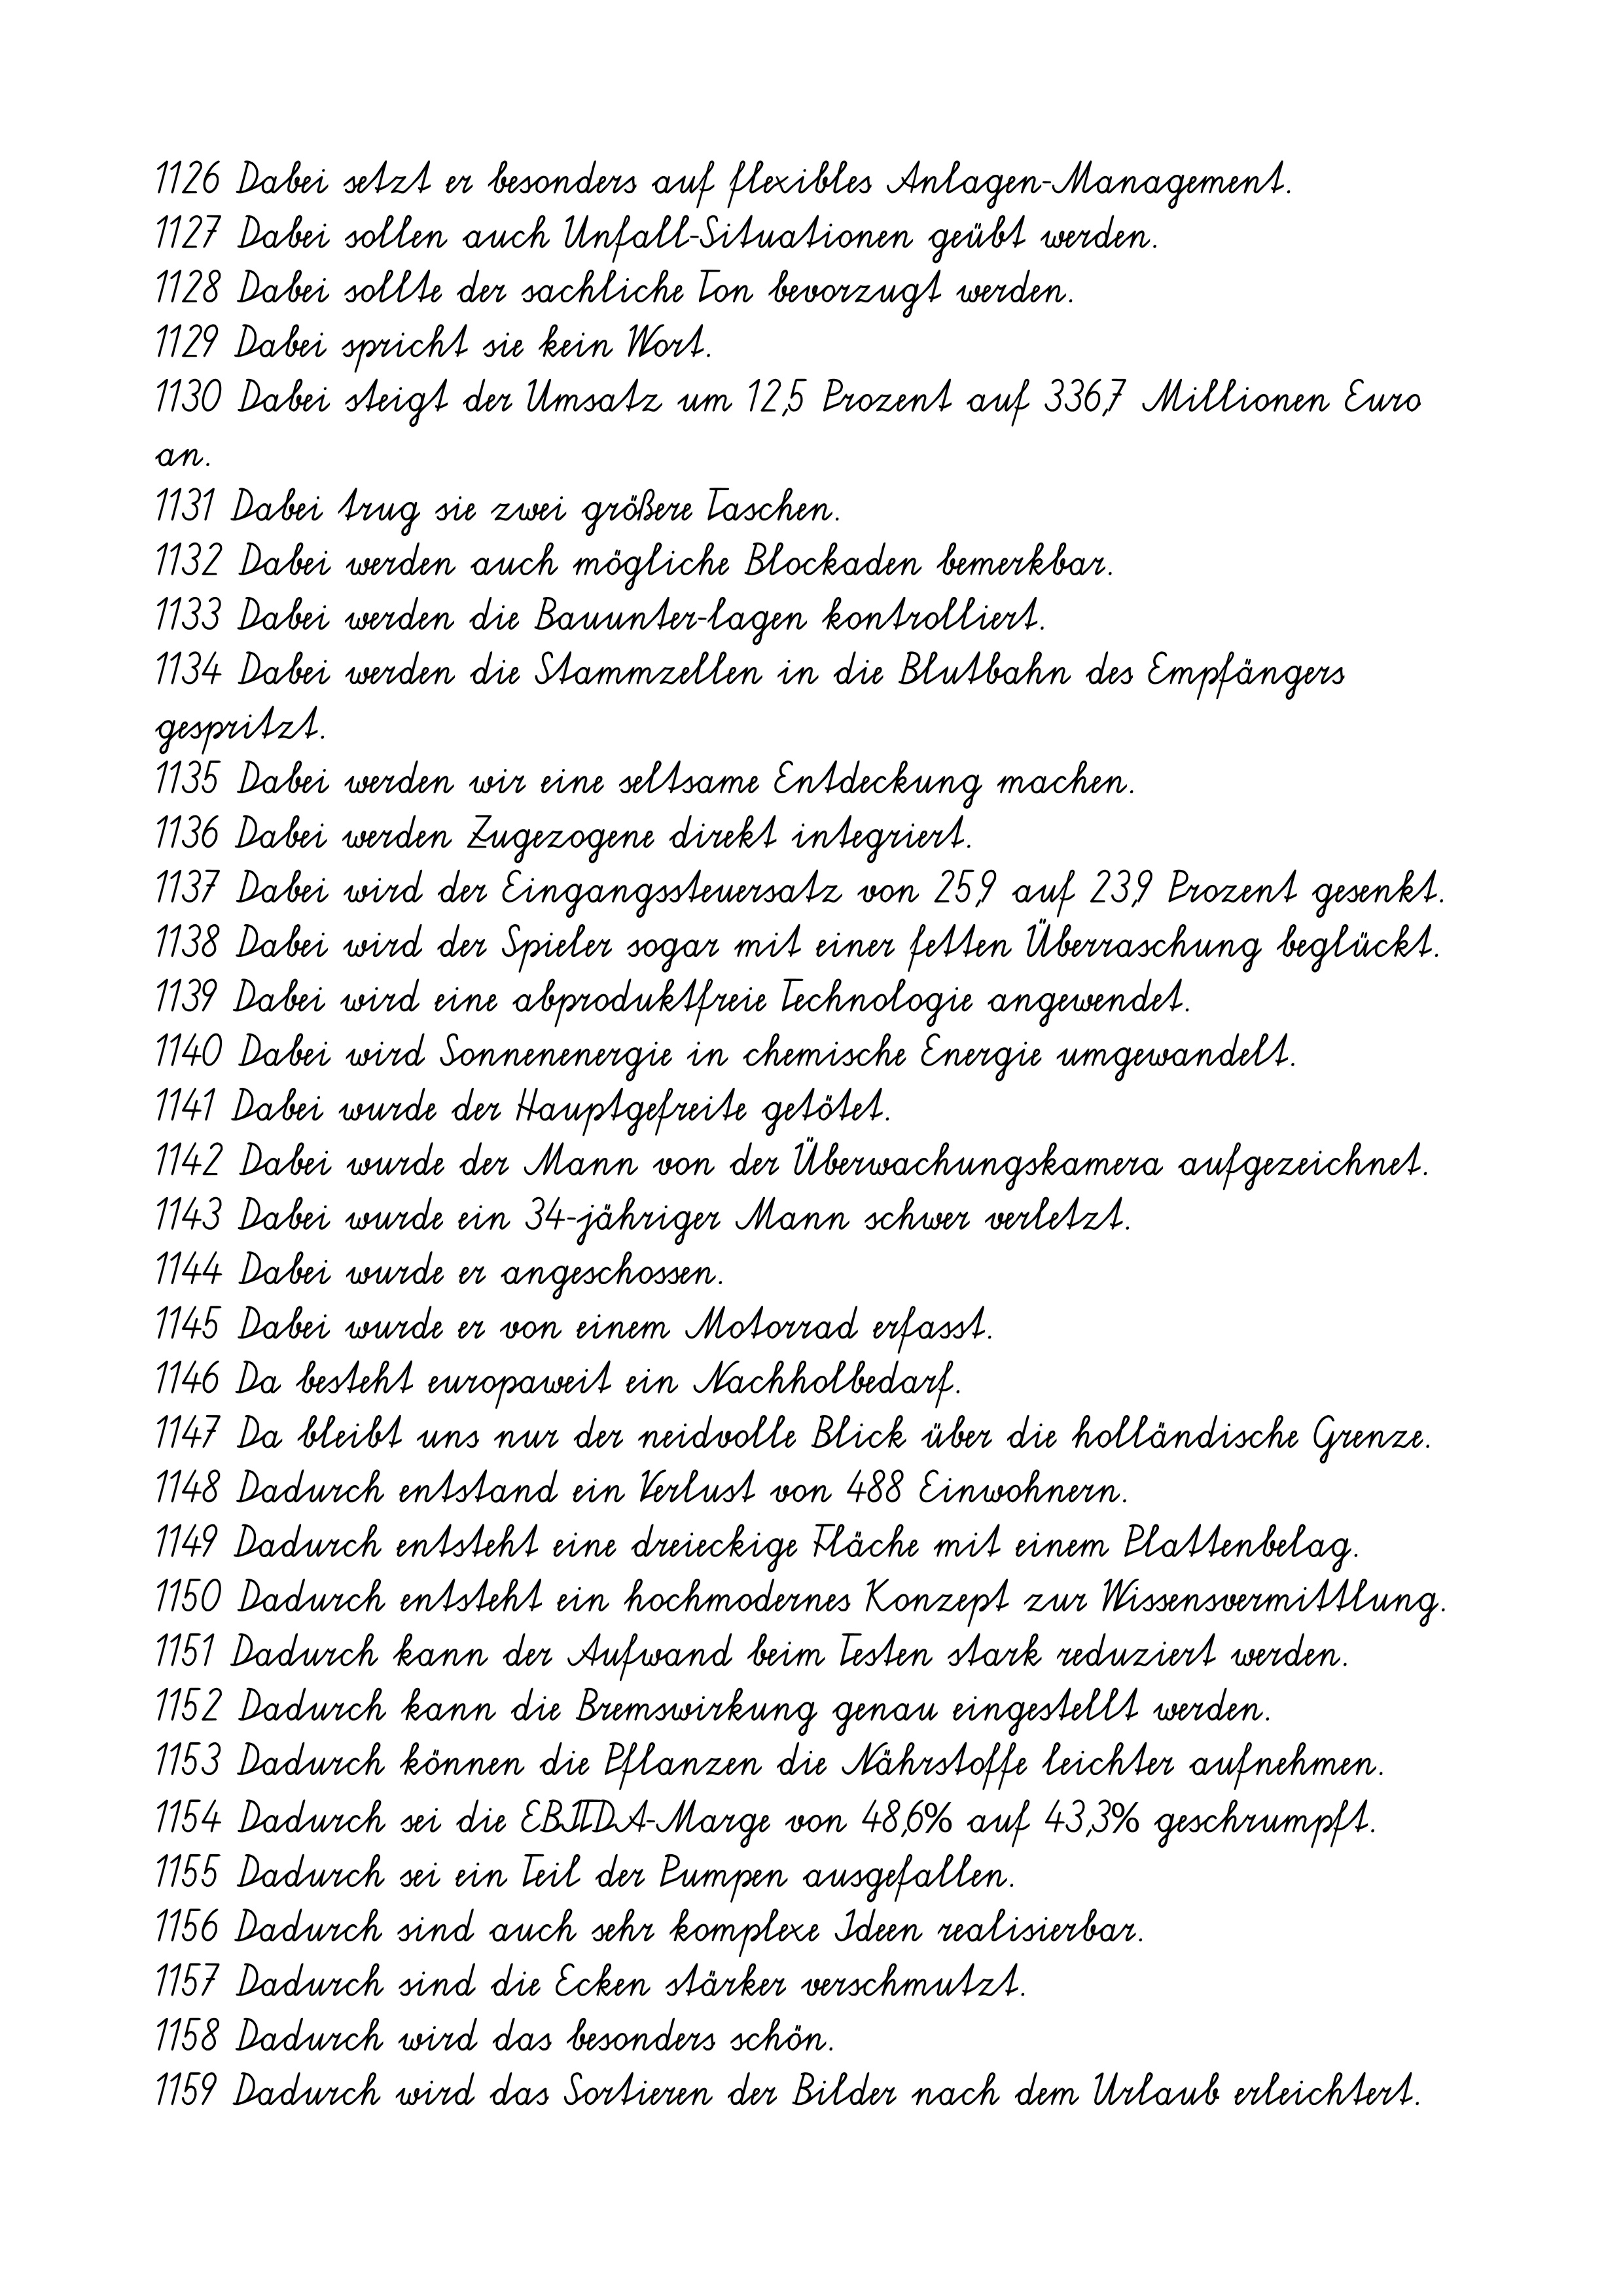
1126 Dabei setzt er besonders auf flexibles Anlagen-Management.
1127 Dabei sollen auch Unfall-Situationen geübt werden.
1128 Dabei sollte der sachliche Ton bevorzugt werden.
1129 Dabei spricht sie kein Wort.
1130 Dabei steigt der Umsatz um 12,5 Prozent auf 336,7 Millionen Euro
an.
1131 Dabei trug sie zwei größere Taschen.
1132 Dabei werden auch mögliche Blockaden bemerkbar.
1133 Dabei werden die Bauunter-lagen kontrolliert.
1134 Dabei werden die Stammzellen in die Blutbahn des Empfängers
gespritzt.
1135 Dabei werden wir eine seltsame Entdeckung machen.
1136 Dabei werden Zugezogene direkt integriert.
1137 Dabei wird der Eingangssteuersatz von 25,9 auf 23,9 Prozent gesenkt.
1138 Dabei wird der Spieler sogar mit einer fetten Überraschung beglückt.
1139 Dabei wird eine abproduktfreie Technologie angewendet.
1140 Dabei wird Sonnenenergie in chemische Energie umgewandelt.
1141 Dabei wurde der Hauptgefreite getötet.
1142 Dabei wurde der Mann von der Überwachungskamera aufgezeichnet.
1143 Dabei wurde ein 34-jähriger Mann schwer verletzt.
1144 Dabei wurde er angeschossen.
1145 Dabei wurde er von einem Motorrad erfasst.
1146 Da besteht europaweit ein Nachholbedarf.
1147 Da bleibt uns nur der neidvolle Blick über die holländische Grenze.
1148 Dadurch entstand ein Verlust von 488 Einwohnern.
1149 Dadurch entsteht eine dreieckige Fläche mit einem Plattenbelag.
1150 Dadurch entsteht ein hochmodernes Konzept zur Wissensvermittlung.
1151 Dadurch kann der Aufwand beim Testen stark reduziert werden.
1152 Dadurch kann die Bremswirkung genau eingestellt werden.
1153 Dadurch können die Pflanzen die Nährstoffe leichter aufnehmen.
1154 Dadurch sei die EBITDA-Marge von 48,6% auf 43,3% geschrumpft.
1155 Dadurch sei ein Teil der Pumpen ausgefallen.
1156 Dadurch sind auch sehr komplexe Ideen realisierbar.
1157 Dadurch sind die Ecken stärker verschmutzt.
1158 Dadurch wird das besonders schön.
1159 Dadurch wird das Sortieren der Bilder nach dem Urlaub erleichtert.